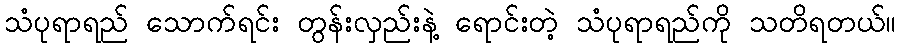
သံပုရာရည် သောက်ရင်း တွန်းလှည်းနဲ့ ရောင်းတဲ့ သံပုရာရည်ကို သတိရတယ်။